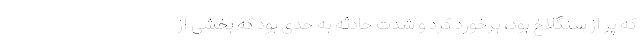
که پر از سنگلاخ بود، برخورد کرد و شدت حادثه به حدی بود که بخشی از